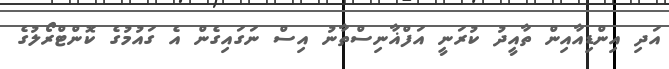
އަދި އިންޑިއާއިން ތާއީދު ކުރަނީ އަފްޣާނިސްތާނު އިސް ނަގައިގެން އެ ގައުމުގެ ކޮންޓްރޯލުގެ